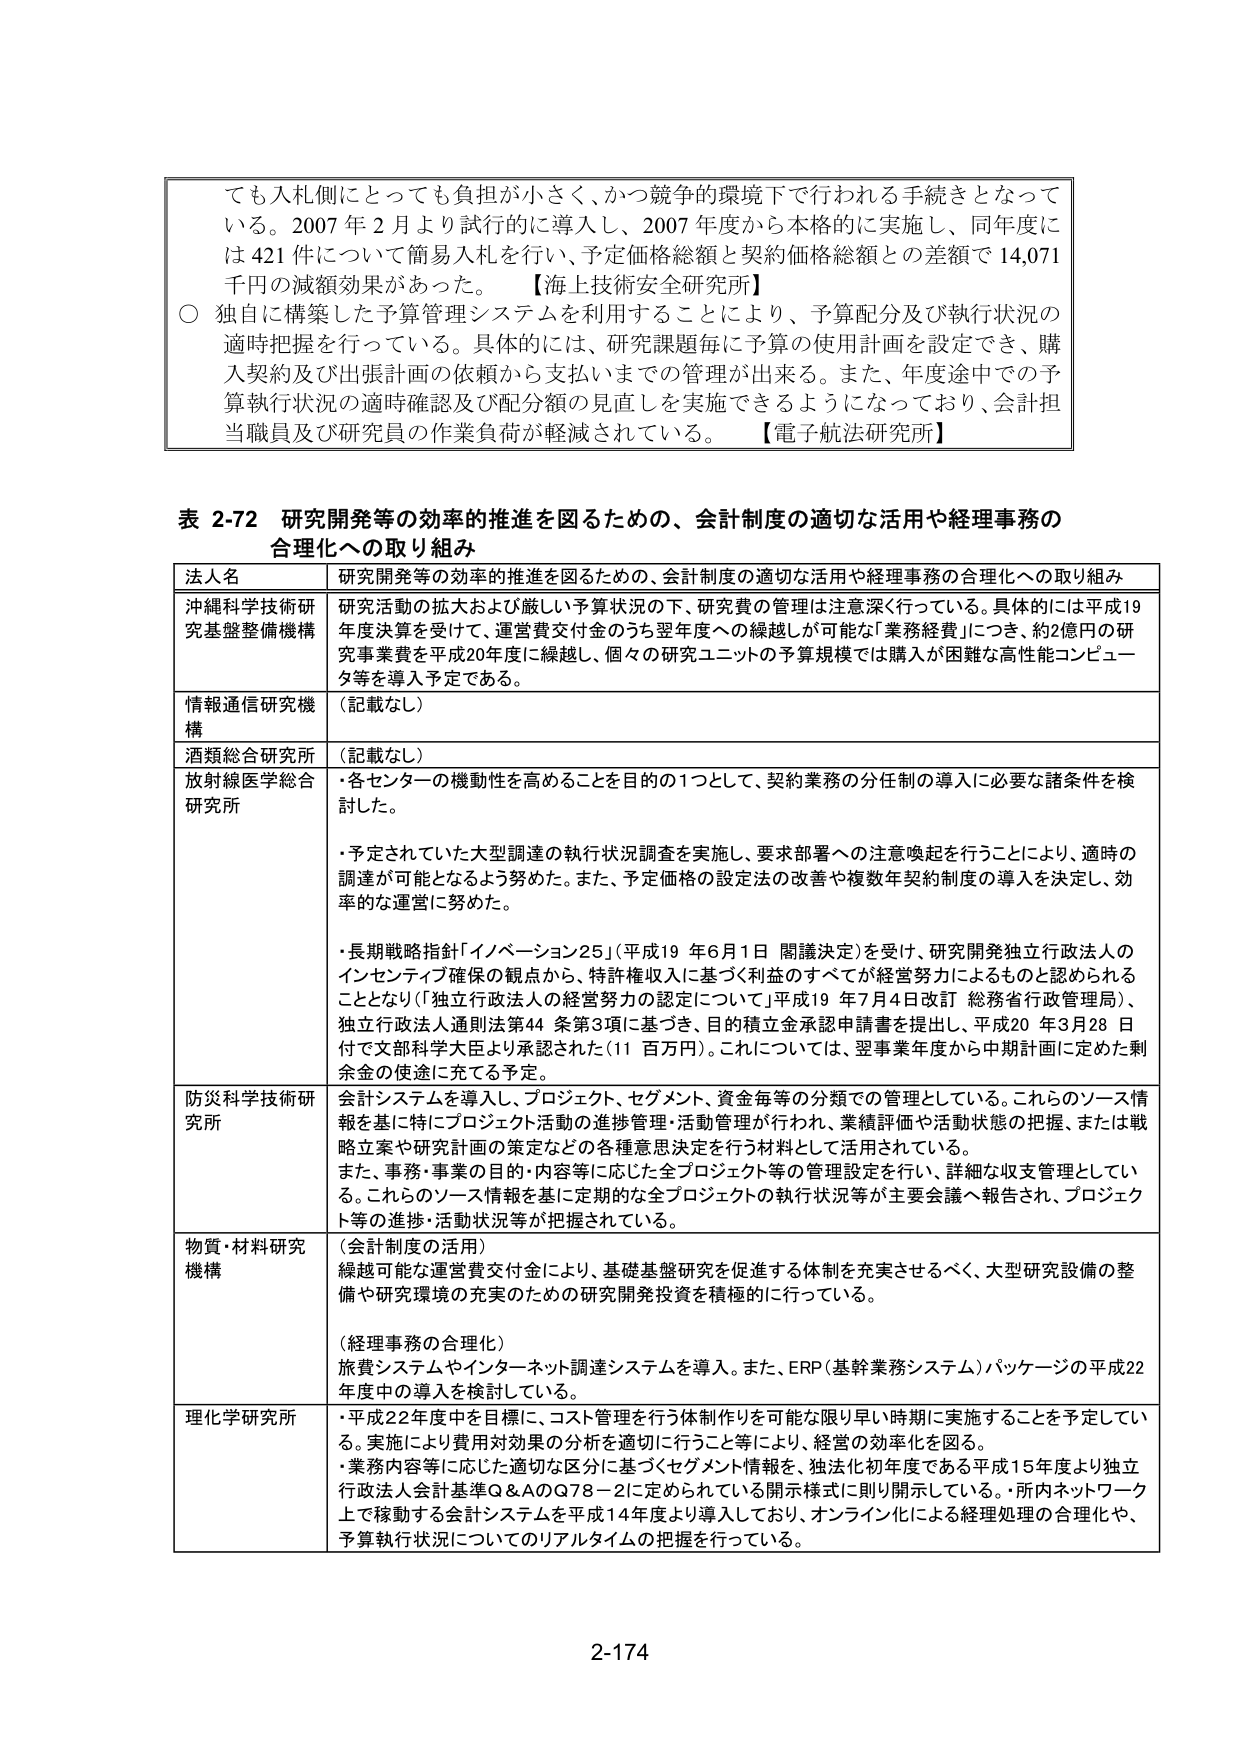
ても入札側にとっても負担が小さく、かつ競争的環境下で行われる手続きとなって
いる。2007 年 2 月より試行的に導入し、2007 年度から本格的に実施し、同年度に
は 421 件について簡易入札を行い、予定価格総額と契約価格総額との差額で 14,071
千円の減額効果があった。【海上技術安全研究所】
○ 独自に構築した予算管理システムを利用することにより、予算配分及び執行状況の
適時把握を行っている。具体的には、研究課題毎に予算の使用計画を設定でき、購
入契約及び出張計画の依頼から支払いまでの管理が出来る。また、年度途中での予
算執行状況の適時確認及び配分額の見直しを実施できるようになっており、会計担
当職員及び研究員の作業負荷が軽減されている。【電子航法研究所】

表 2-72 研究開発等の効率の推進を図るための、会計制度の適切な活用や経理事務の
合理化への取り組み
法人名 研究開発等の効率の推進を図るための、会計制度の適切な活用や経理事務の合理化への取り組み
沖縄科学技術研究基盤整備機構 研究活動の拡大および厳しい予算状況の下、研究費の管理は注意深く行っている。具体的には平成19
年度決算を受けて、運営費交付金のうち翌年度への繰越が可能な「業務経費」につき、約2億円の研
究事業費を平成20年度に繰越し、個々の研究ユニットの予算規模では購入が困難な高性能コンピュー
タ等を導入予定である。
情報通信研究機構 （記載なし）
酒類総合研究所 （記載なし）
放射線医学総合研究所 ・各センターの機動性を高めることを目的の1つとして、契約業務の分任制の導入に必要な諸条件を検
討した。
・予定されていた大型調達の執行状況調査を実施し、要求部署への注意喚起を行うことにより、適時の
調達が可能となるよう努めた。また、予定価格の設定法の改善や複数年契約制度の導入を決定し、効
率的な運営に努めた。
・長期戦略指針「イノベーション25」（平成19 年6月1日 閣議決定）を受け、研究開発独立行政法人の
インセンティブ確保の観点から、特許権収入に基づく利益のすべてが経営努力によるものと認められる
こととなり（「独立行政法人の経営努力の認定について」平成19 年7月4日改訂 総務省行政管理局）、
独立行政法人通則法第44 条第3項に基づき、目的積立金承認申請書を提出し、平成20 年3月28 日
付で文部科学大臣より承認された（11 百万円）。これについて、翌事業年度から中期計画に定めた剰
余金の使途に充てる予定。
防災科学技術研究所 会計システムを導入し、プロジェクト、セグメント、資金毎等の分類での管理としている。これらのソース情
報を基に特にプロジェクト活動の進捗管理・活動管理が行われ、業績評価や活動状態の把握、または戦
略立案や研究計画の策定などの各種意思決定を行う材料として活用されている。
また、事務・事業の目的・内容等に応じた全プロジェクト等の管理設定を行い、詳細な収支管理としてい
る。これらのソース情報を基に定期的な全プロジェクトの執行状況等が主要会議へ報告され、プロジェク
ト等の進捗・活動状況等が把握されている。
物質・材料研究機構 （会計制度の活用）
繰越可能な運営費交付金により、基礎基盤研究を促進する体制を充実させるべく、大型研究設備の整
備や研究環境の充実のための研究開発投資を積極的に行っている。
（経理事務の合理化）
旅費システムやインターネット調達システムを導入。また、ERP（基幹業務システム）パッケージの平成22
年度中の導入を検討している。
理化学研究所 ・平成22年度中を目標に、コスト管理を行う体制作りを可能な限り早い時期に実施することを予定してい
る。実施により費用対効果の分析を適切に行うこと等により、経営の効率化を図る。
・業務内容等に応じた適切な区分に基づくセグメント情報を、独法化初期である平成15年度より独立
行政法人会計基準Q＆AのQ78－2に定められている開示様式に則り開示している。・所内ネットワーク
上で稼動する会計システムを平成14年度より導入しており、オンライン化による経理処理の合理化や、
予算執行状況についてのリアルタイムの把握を行っている。

2-174